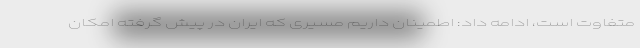
متفاوت است، ادامه داد: اطمینان داریم مسیری که ایران در پیش گرفته امکان